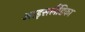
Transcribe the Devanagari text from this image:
आइसलैंडिका